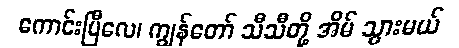
ကောင်းပြီလေ၊ ကျွန်တော် သီသီတို့ အိမ် သွားမယ်